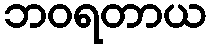
ဘဝရတာယ